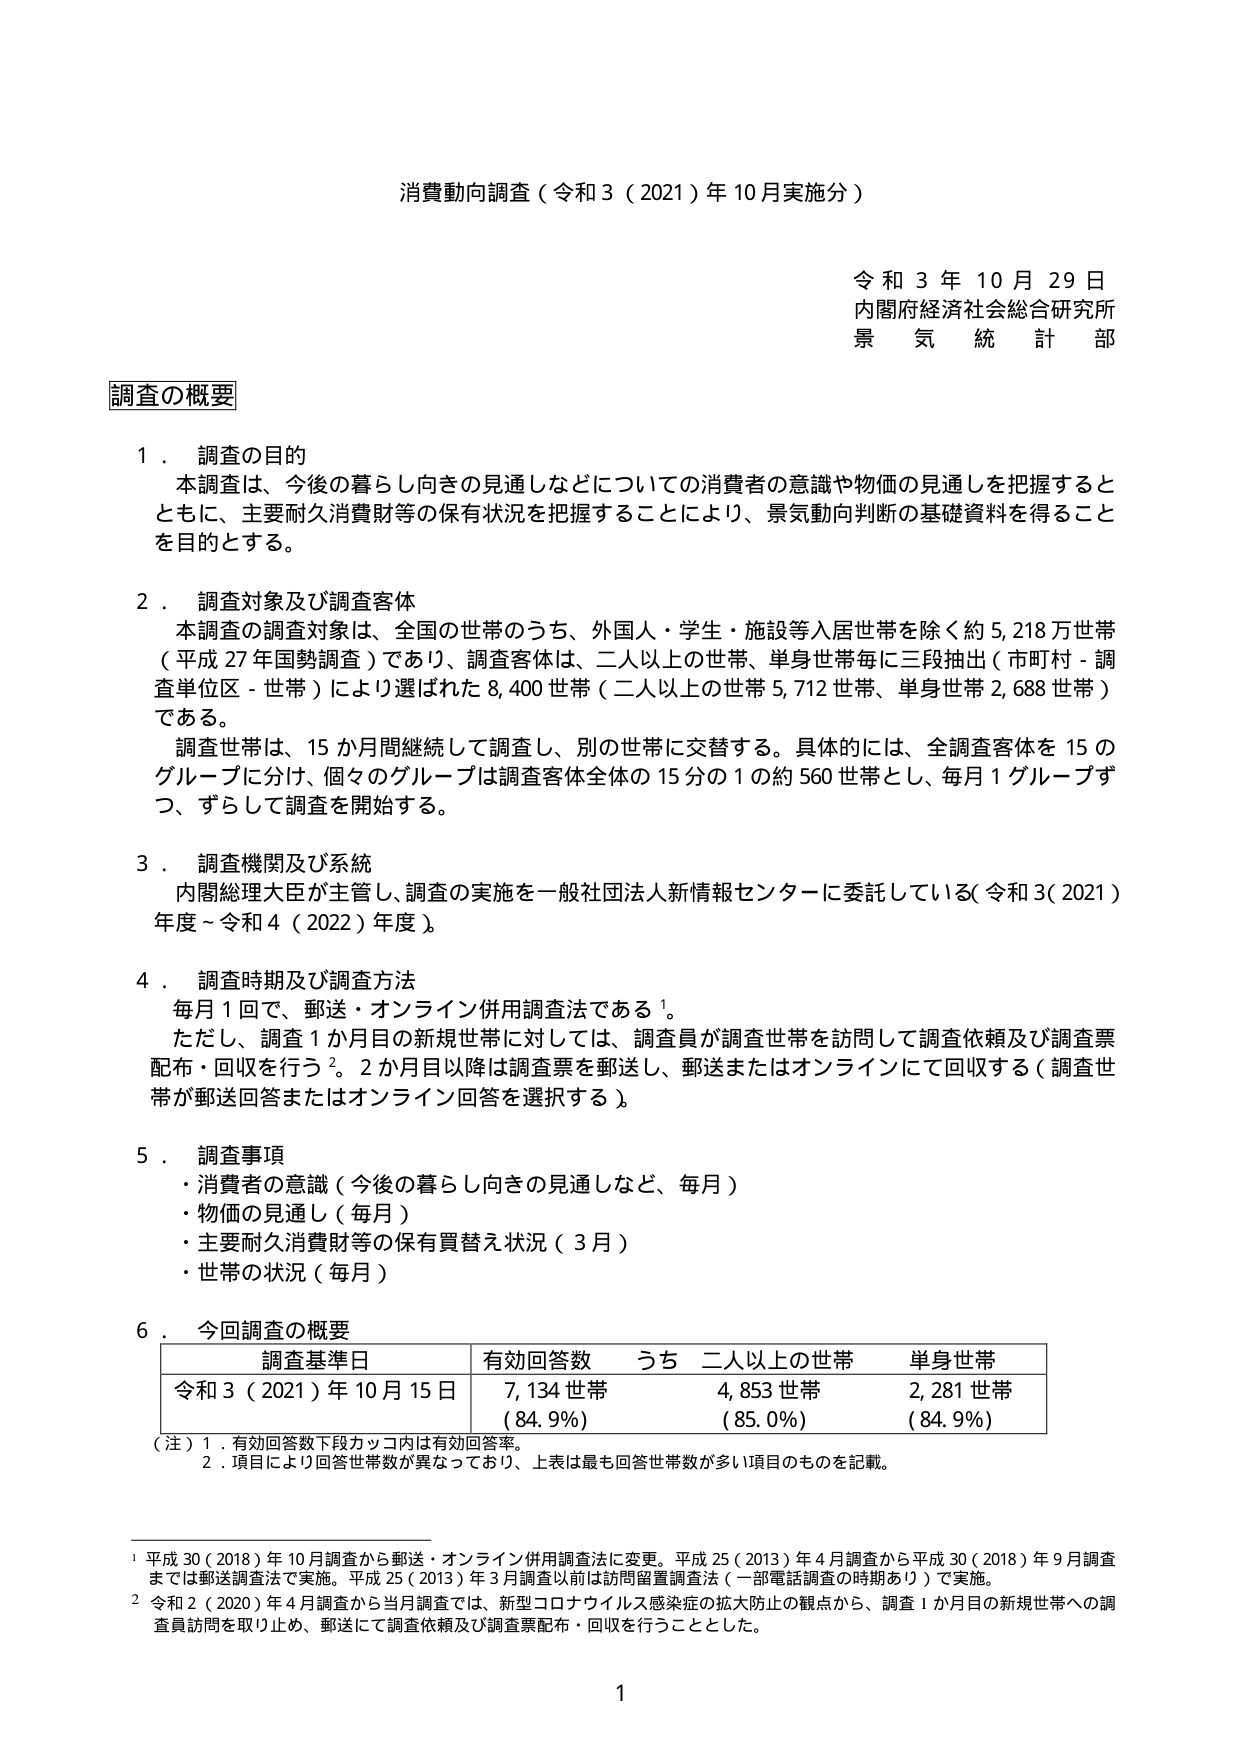
消費動向調査（令和3（2021）年10月実施分）

令和3年10月29日
内閣府経済社会総合研究所
景気統計部

調査の概要

1．調査の目的
本調査は、今後の暮らし向きの見通しなどについての消費者の意識や物価の見通しを把握するとともに、主要耐久消費財等の保有状況を把握することにより、景気動向判断の基礎資料を得ることを目的とする。

2．調査対象及び調査客体
本調査の調査対象は、全国の世帯のうち、外国人・学生・施設等入居世帯を除く約5,218万世帯（平成27年国勢調査）であり、調査客体は、二人以上の世帯、単身世帯毎に三段抽出（市町村－調査単位区－世帯）により選ばれた8,400世帯（二人以上の世帯5,712世帯、単身世帯2,688世帯）である。
調査世帯は、15か月間継続して調査し、別の世帯に交替する。具体的には、全調査客体を15のグループに分け、個々のグループは調査客体全体の15分の1の約560世帯とし、毎月1グループずつ、ずらして調査を開始する。

3．調査機関及び系統
内閣総理大臣が主管し、調査の実施を一般社団法人新情報センターに委託している（令和3（2021）年度～令和4（2022）年度）。

4．調査時期及び調査方法
毎月1回で、郵送・オンライン併用調査法である¹。
ただし、調査1か月目の新規世帯に対しては、調査員が調査世帯を訪問して調査依頼及び調査票配布・回収を行う²。2か月目以降は調査票を郵送し、郵送またはオンラインにて回収する（調査世帯が郵送回答またはオンライン回答を選択する）。

5．調査事項
・消費者の意識（今後の暮らし向きの見通しなど、毎月）
・物価の見通し（毎月）
・主要耐久消費財等の保有買替え状況（3月）
・世帯の状況（毎月）

6．今回調査の概要
| 調査基準日 | 有効回答数 | うち 二人以上の世帯 | 単身世帯 |
|------------|------------|---------------------|----------|
| 令和3（2021）年10月15日 | 7,134世帯（84.9%） | 4,853世帯（85.0%） | 2,281世帯（84.9%） |

（注）1．有効回答数下段カッコ内は有効回答率。
　　2．項目により回答世帯数が異なっており、上表は最も回答世帯数が多い項目のものを記載。

¹ 平成30（2018）年10月調査から郵送・オンライン併用調査法に変更。平成25（2013）年4月調査から平成30（2018）年9月調査までは郵送調査法で実施。平成25（2013）年3月調査以前は訪問留置調査法（一部電話調査の時期あり）で実施。
² 令和2（2020）年4月調査から当月調査では、新型コロナウイルス感染症の拡大防止の観点から、調査1か月目の新規世帯への調査員訪問を取り止め、郵送にて調査依頼及び調査票配布・回収を行うこととした。

1